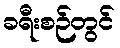
ခရီးစဉ်တွင်